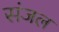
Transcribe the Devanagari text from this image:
संजल